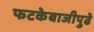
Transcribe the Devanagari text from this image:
फटकेबाजीपुढे